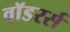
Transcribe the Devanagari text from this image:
वॉडरर्स